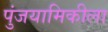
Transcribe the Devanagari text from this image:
पुंजयामिकीला